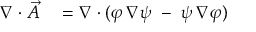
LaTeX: \begin{array} { r l } { \nabla \cdot { \vec { A } } } & { { } = \nabla \cdot ( \varphi \, \nabla \psi \; - \; \psi \, \nabla \varphi ) } \end{array}